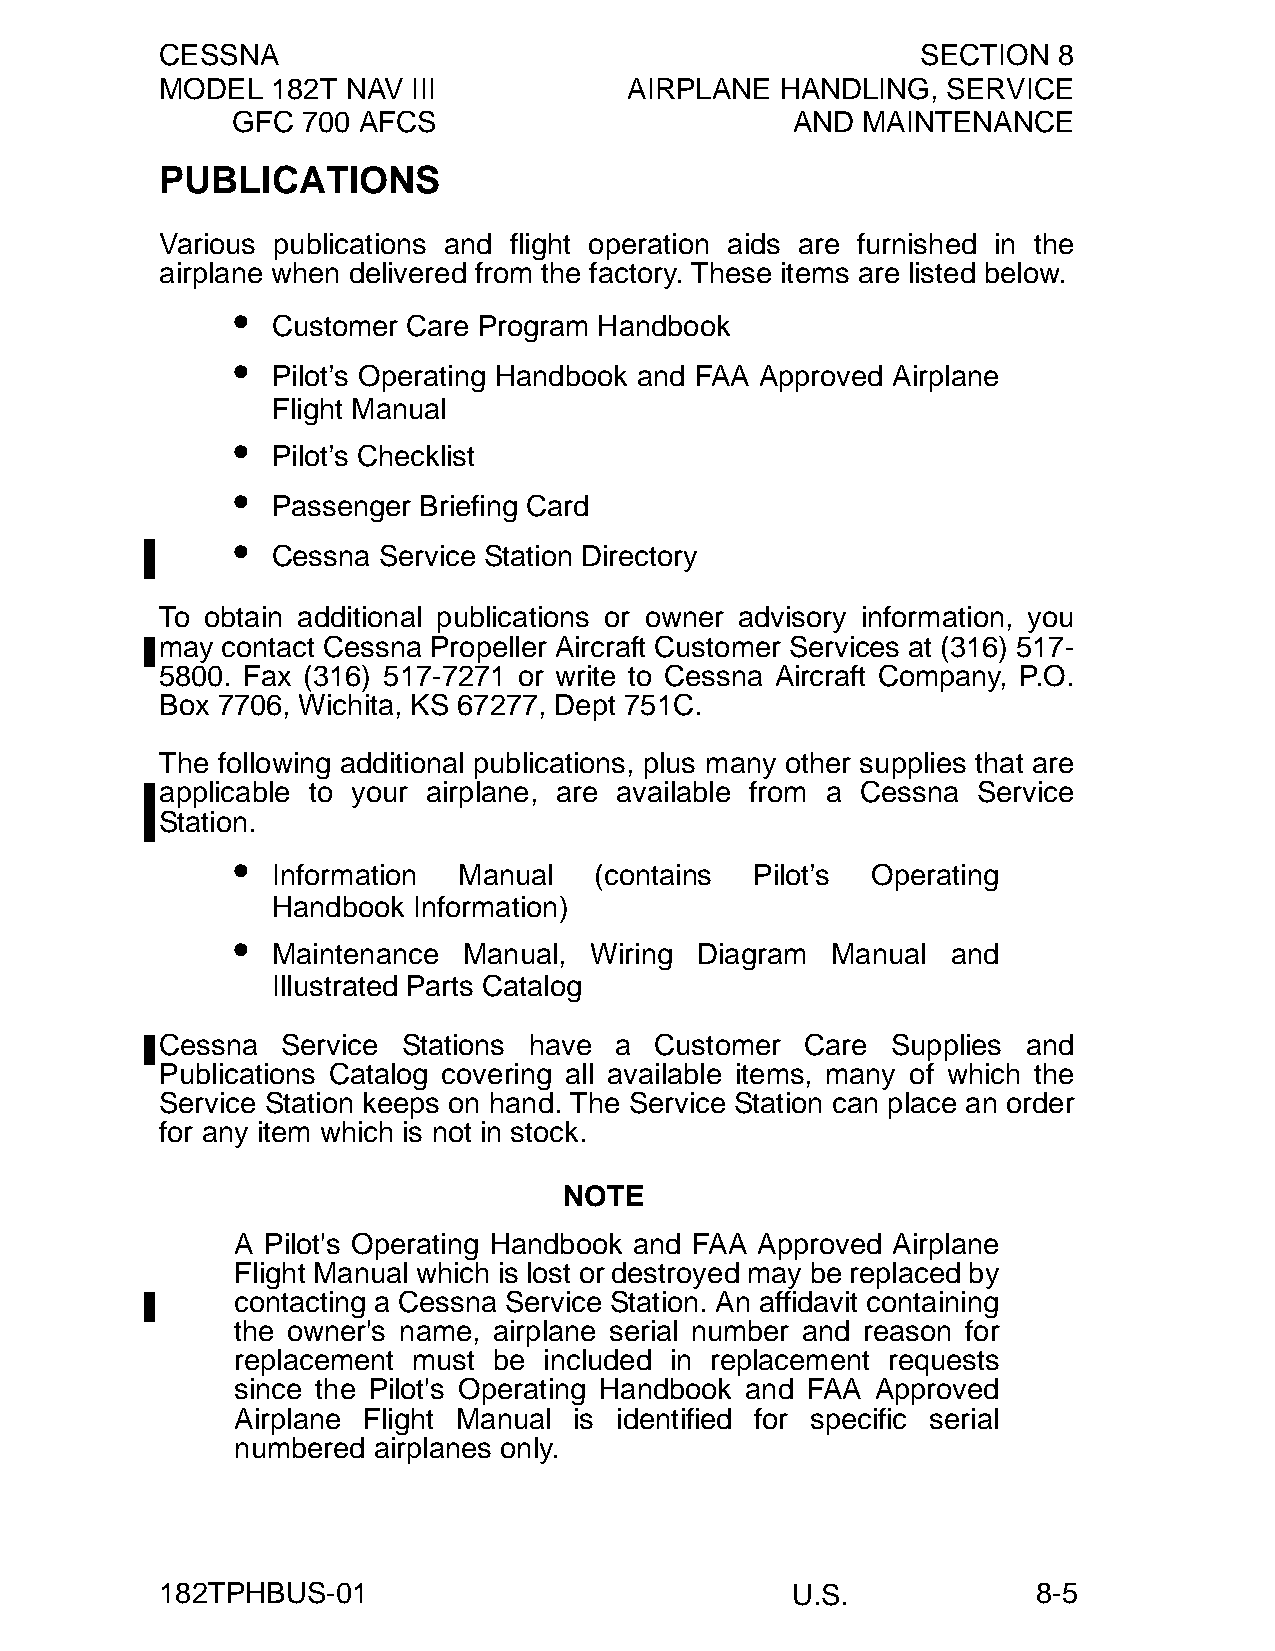
CESSNA                                            SECTION  8
 MODEL  182T NAV III            AIRPLANE  HANDLING,  SERVICE
 GFC  700 AFCS                        AND  MAINTENANCE
 PUBLICATIONS
 Various publications and flight operation aids are furnished in the
 airplane when delivered from the factory. These items are listed below.
 •
 Customer Care Program Handbook
 •
 Pilot’s Operating Handbook and FAA Approved Airplane
 Flight Manual
 •
 Pilot’s Checklist
 •
 Passenger Briefing Card
 •
 Cessna Service Station Directory
 To obtain additional publications or owner advisory information, you
 may contact Cessna Propeller Aircraft Customer Services at (316) 517-
 5800. Fax (316) 517-7271 or write to Cessna Aircraft Company, P.O.
 Box 7706, Wichita, KS 67277, Dept 751C.
 The following additional publications, plus many other supplies that are
 applicable to your airplane, are available from a Cessna Service
 Station.
 •
 Information Manual   (contains  Pilot’s Operating
 Handbook Information)
 •
 Maintenance  Manual, Wiring Diagram  Manual  and
 Illustrated Parts Catalog
 Cessna  Service Stations have a Customer  Care  Supplies and
 Publications Catalog covering all available items, many of which the
 Service Station keeps on hand. The Service Station can place an order
 for any item which is not in stock.
 NOTE
 A Pilot's Operating Handbook and FAA Approved Airplane
 Flight Manual which is lost or destroyed may be replaced by
 contacting a Cessna Service Station. An affidavit containing
 the owner's name, airplane serial number and reason for
 replacement must be included in replacement requests
 since the Pilot's Operating Handbook and FAA Approved
 Airplane Flight Manual is identified for specific serial
 numbered airplanes only.
 182TPHBUS-01                             U.S.             8-5